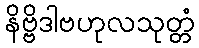
နိဗ္ဗိဒါဗဟုလသုတ္တံ